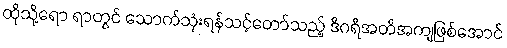
ထိုသို့ရော ရာတွင် သောက်သုံးရန်သင့်တော်သည့် ဒီဂရီအတိအကျဖြစ်အောင်